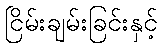
ငြိမ်းချမ်းခြင်းနှင့်